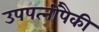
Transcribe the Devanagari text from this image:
उपपत्‍नींपैकी